King Institute of Preventive Medicine Bacteriolog. Section reports 1907-08
Year: 1907
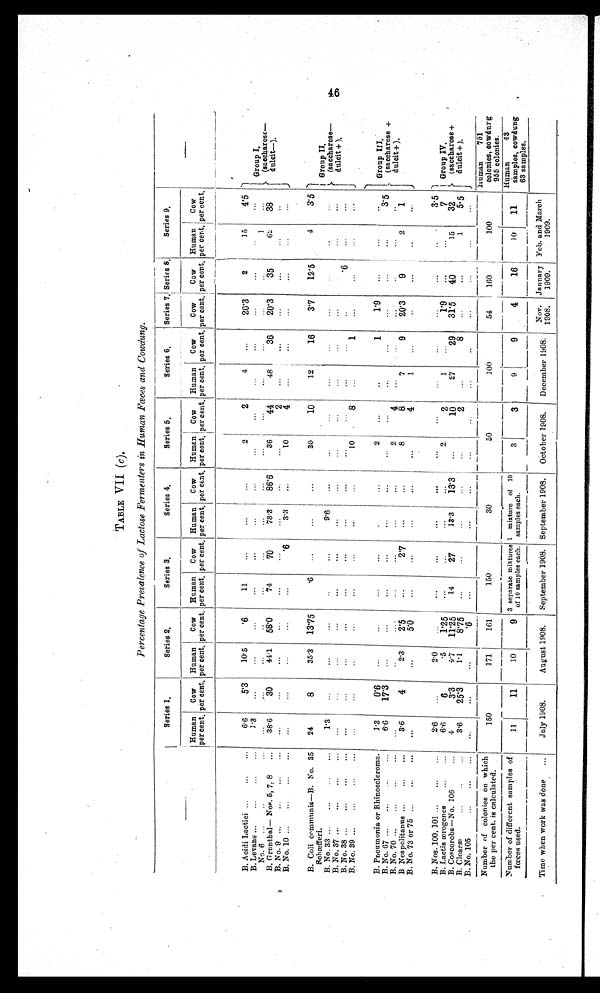
TABLE VII (c).
Percentage Prevalence of Lactose Fermenters in Human Fwces and Cowdung.
Series I,
Series 2,
Series 3,
Series 4.
Series 5,
Series 6,
Series 7,1 Series 8,
Series 9,
Human
Cow
Human
Cow
Human Cow
Human
Cow
Human Cow
Human
Cow
Cow
Cow
Human
Cow
per cent, per cent, percent percent, per cent, per cent, per cent, per cent, per cent, per cent, per cent, per cent, per cent, percent, per cent.
15
per cent.
4'5
B. .A cidi Lactici ...
...
...
6.6
5.3
1 0 . 5
'6
11
...
...
...
2
2
4
. . .
20'3
2
B. Levans ...
...
...
No.
...
..
B. Grunthal— Nos. 5, 7. 8
...
1.3
... 3 8 . 6
...
. . .
30
...
441
58'0
. . .
. . .
74
..,
...
70
...
73'3
86'6
36
44
...
48
...
36
...
20'3
. . .
35
.1
6 2
38
1 dul
Gr oup I (saccharose-dul ci t-). pccharose-
No. 9 ...
..
...
...
. . .
. . .
...
. . .
•••
'6
3.3
...
10
2
...
...
...
. . .
.
1
J
B. Coli communis—B. No. 35
24
8
35.3
13'75
'6
...
...
...
30
10
12
1 6
3'7
12'5
4
3'5 1
S c h æ f f e r i
B. No. 33 ...
...
...
1'3
...
. . .
. . .
9'6
...
. . .
.
. .
.
. . .
. . . .
. . .
. . .
1 Group II,
s. (saccharose—
4
...
...
...
...
...
...
...
...
...
...
...
...
.
...
. . .
'6
..
.
• • •
I dulcit +1,
6
B. No. 39 ...
...
...
...
...
..•
...
10
8
...
...
J
B. Pneumonia or Rhinoscleroma.
B. No. 67 ...
•••
...
1.3
6'6
0'6
17'3
- •
• • •
• -
. . .
• • •
• • •
• • •
. • •
. • •
2
..
• ••
••
1
...
1'9
. . .
..
...
3 . 5
Group
s e +
B. No. 70 ..
B Neapolitanus ...
...
...
3,6
4
2'3
....
2'5
• • •
2'7
...
...
...
2
8
4
8
. . .
7
9
20'3
..
...
9
2
1
dulcit +),
B. No. 73 or 75 ...
.,.
...
...
. . .
5'0
• • •
...
—
4
1
...
• •
. . .
J
B. Nos. 100, 101 ...
...
...
2'6
...
2.0
...
,..
...
. . .
...
...
...
3.5
B. Lactis ærogenes ...
...
B. Coscoroba —No. 106
6'
4
6
3'3
. 5
4 . 7
1'25
11'25
• • •
14
27
. . .
13.3
...
13.3
2
10
1
27
29
1'9
31'5
...
40
.. •
15
7
32
Group IV,
(saccharose +
B. Cloaca. ,
B. No. 105
3'6
25'3
1'1
8'75
'6
• • •
. . .
, ..
• . •
2
8
—
...
______
.
. .
1
—
5'5
• • •
--
I
dulcit + ).
—
--
_____ _ _____
—
human
751
Number of colonies on which
the per cent. is calculated.
150
171
161
150
30
50
100
54
160
100
colonies , oowdurg
955 colonies.
—
_ _ _ _
_____ __ _ __
— ---- —
-
Human
43
Numberof different samples of
11
11
10
3 separate mixtures 1 mixture of 10
3
3
1
9
9
4
16
10
11
samples, cowdung
fœces used.
of 10 samples each. samples each
63 samples
—
.
-
—
Nov.
Feb. and arch
January
M
•
Time when work was done ...
July 1908.
August 1908.
September 1908. September 1908. October 1908.
December 1908. 1908.
1909.
1909.